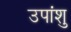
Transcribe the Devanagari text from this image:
उपांशु